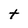
Character: t